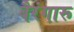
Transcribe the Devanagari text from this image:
बैरंगारू